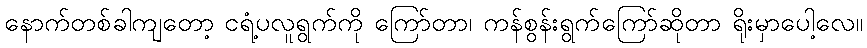
နောက်တစ်ခါကျတော့ ငရံ့ပလူရွက်ကို ကြော်တာ၊ ကန်စွန်းရွက်ကြော်ဆိုတာ ရိုးမှာပေါ့လေ။